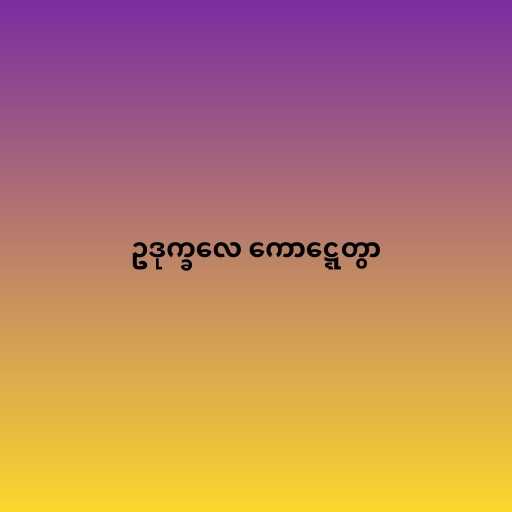
ဥဒုက္ခလေ ကောဋ္ဋေတွာ